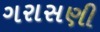
ગરાસણી